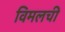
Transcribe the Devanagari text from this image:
विमलची